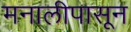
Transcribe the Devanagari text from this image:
मनालीपासून